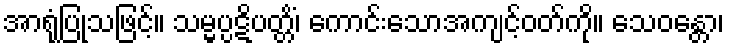
အာရုံပြုသဖြင့်။ သမ္မပ္ပဋိပတ္တိံ၊ ကောင်းသောအကျင့်ဝတ်ကို။ သေဝန္တော၊